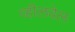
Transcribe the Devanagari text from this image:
व्हीलवेल